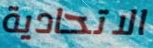
الاتحادية